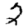
Digit: 2